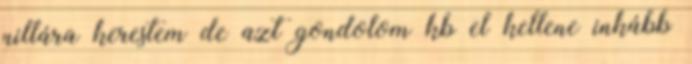
nillára kerestem de azt gondolom kb el kellene inkább